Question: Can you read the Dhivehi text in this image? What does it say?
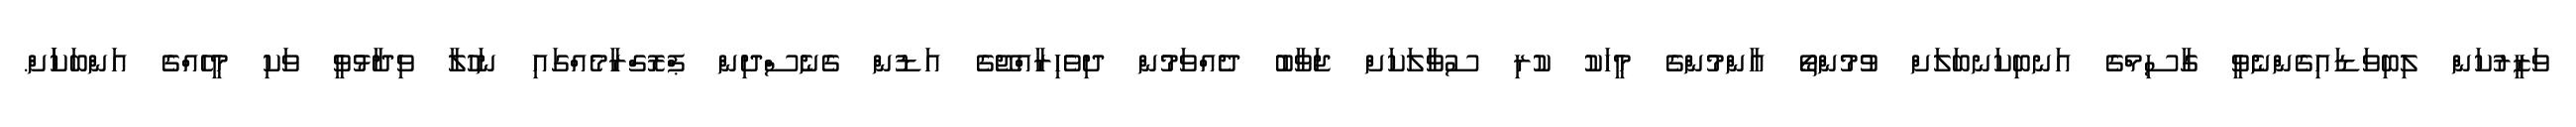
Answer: ވަޒީރުކަން ލިބިވަޑައިގެންނެވީ ގާސިމްގެ އަނބިކަނބަލަށް ވުމުންތޯ އާންމުންގެ މީހަކު ކުރި ސުވާލަކަށް ޖަވާބު ދެއްވަމުން ދިވެހިރާއްޖޭގެ އަޑުން ގެނެސްދިން ޕްރޮގްރާމެއްގައި ނަހުލާ ވިދާޅުވީ ވަކި މީހެއްގެ އަންބަކަަށް.